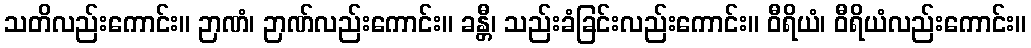
သတိလည်းကောင်း။ ဉာဏံ၊ ဉာဏ်လည်းကောင်း။ ခန္တီ၊ သည်းခံခြင်းလည်းကောင်း။ ဝီရိယံ၊ ဝီရိယံလည်းကောင်း။